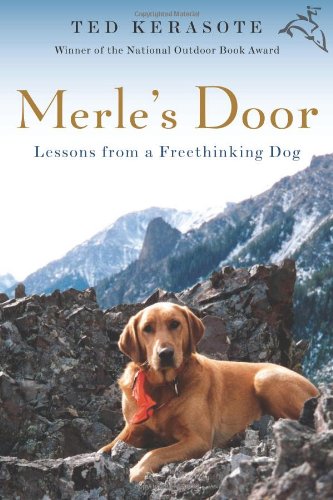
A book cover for Merle's Door: Lessons from a Freethinking Dog; Ted Kerasote; Crafts, Hobbies & Home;